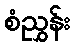
စံညွှန်း